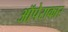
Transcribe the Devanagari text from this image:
ऑपेराकार